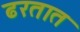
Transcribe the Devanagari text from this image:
ढरतात